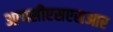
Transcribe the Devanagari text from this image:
आयसीएसएसआर